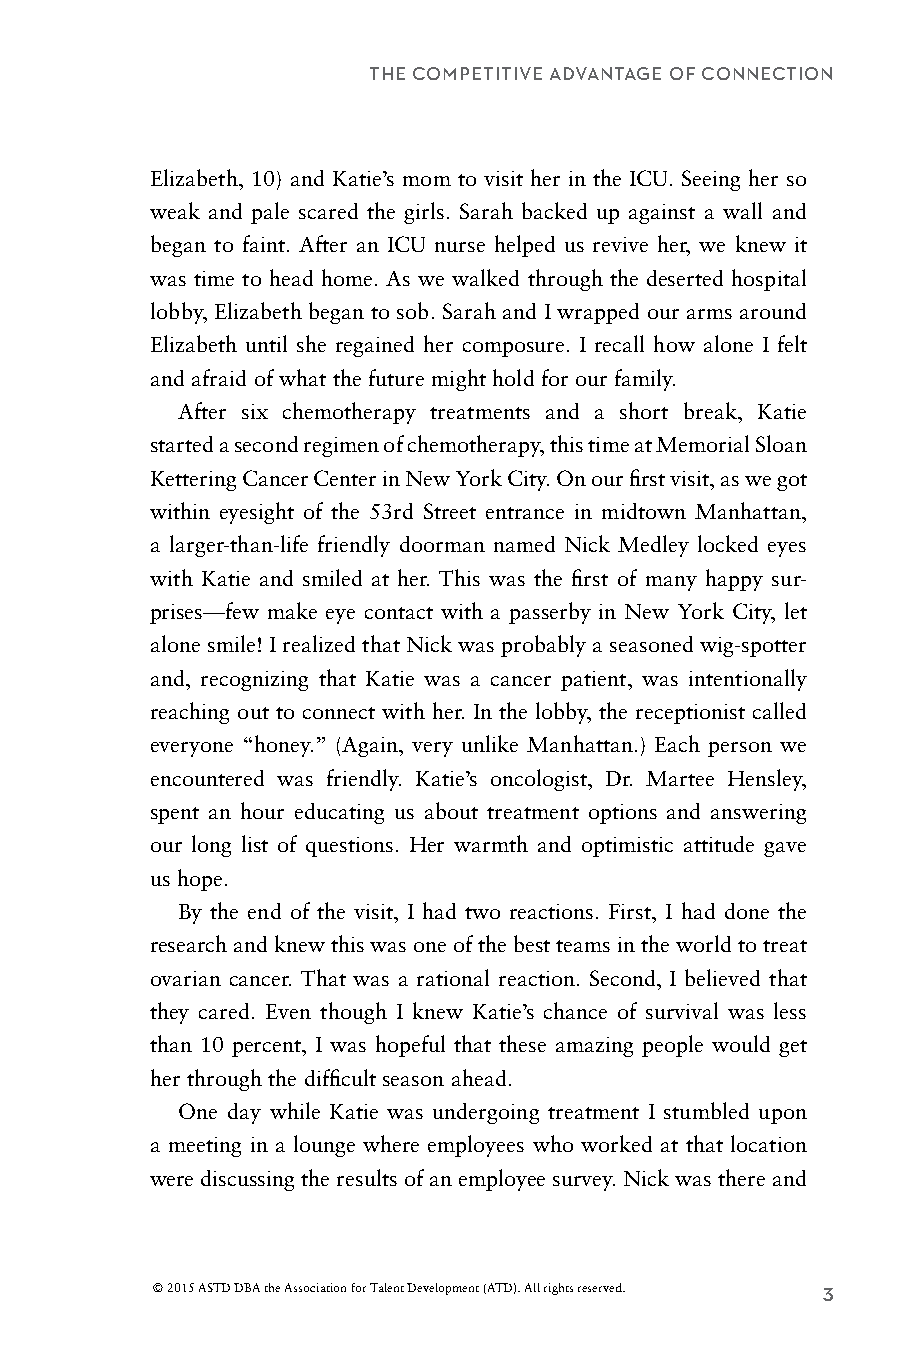
THE COMPETITIVE ADVANTAGE OF CONNECTION
 Elizabeth, 10) and Katie’s mom to visit her in the ICU. Seeing her so
 weak and pale scared the girls. Sarah backed up against a wall and
 began to faint. After an ICU nurse helped us revive her, we knew it
 was time to head home. As we walked through the deserted hospital
 lobby, Elizabeth began to sob. Sarah and I wrapped our arms around
 Elizabeth until she regained her composure. I recall how alone I felt
 and afraid of what the future might hold for our family.
 After six chemotherapy treatments and a short break, Katie
 started a second regimen of chemotherapy, this time at Memorial Sloan
 Kettering Cancer Center in New York City. On our first visit, as we got
 within eyesight of the 53rd Street entrance in midtown Manhattan,
 a larger-than-life friendly doorman named Nick Medley locked eyes
 with Katie and smiled at her. This was the first of many happy sur-
 prises—few make eye contact with a passerby in New York City, let
 alone smile! I realized that Nick was probably a seasoned wig-spotter
 and, recognizing that Katie was a cancer patient, was intentionally
 reaching out to connect with her. In the lobby, the receptionist called
 everyone “honey.” (Again, very unlike Manhattan.) Each person we
 encountered was friendly. Katie’s oncologist, Dr. Martee Hensley,
 spent an hour educating us about treatment options and answering
 our long list of questions. Her warmth and optimistic attitude gave
 us hope.
 By the end of the visit, I had two reactions. First, I had done the
 research and knew this was one of the best teams in the world to treat
 ovarian cancer. That was a rational reaction. Second, I believed that
 they cared. Even though I knew Katie’s chance of survival was less
 than 10 percent, I was hopeful that these amazing people would get
 her through the difficult season ahead.
 One day while Katie was undergoing treatment I stumbled upon
 a meeting in a lounge where employees who worked at that location
 were discussing the results of an employee survey. Nick was there and
 © 2015 ASTD DBA the Association for Talent Development (ATD). All rights reserved. 3